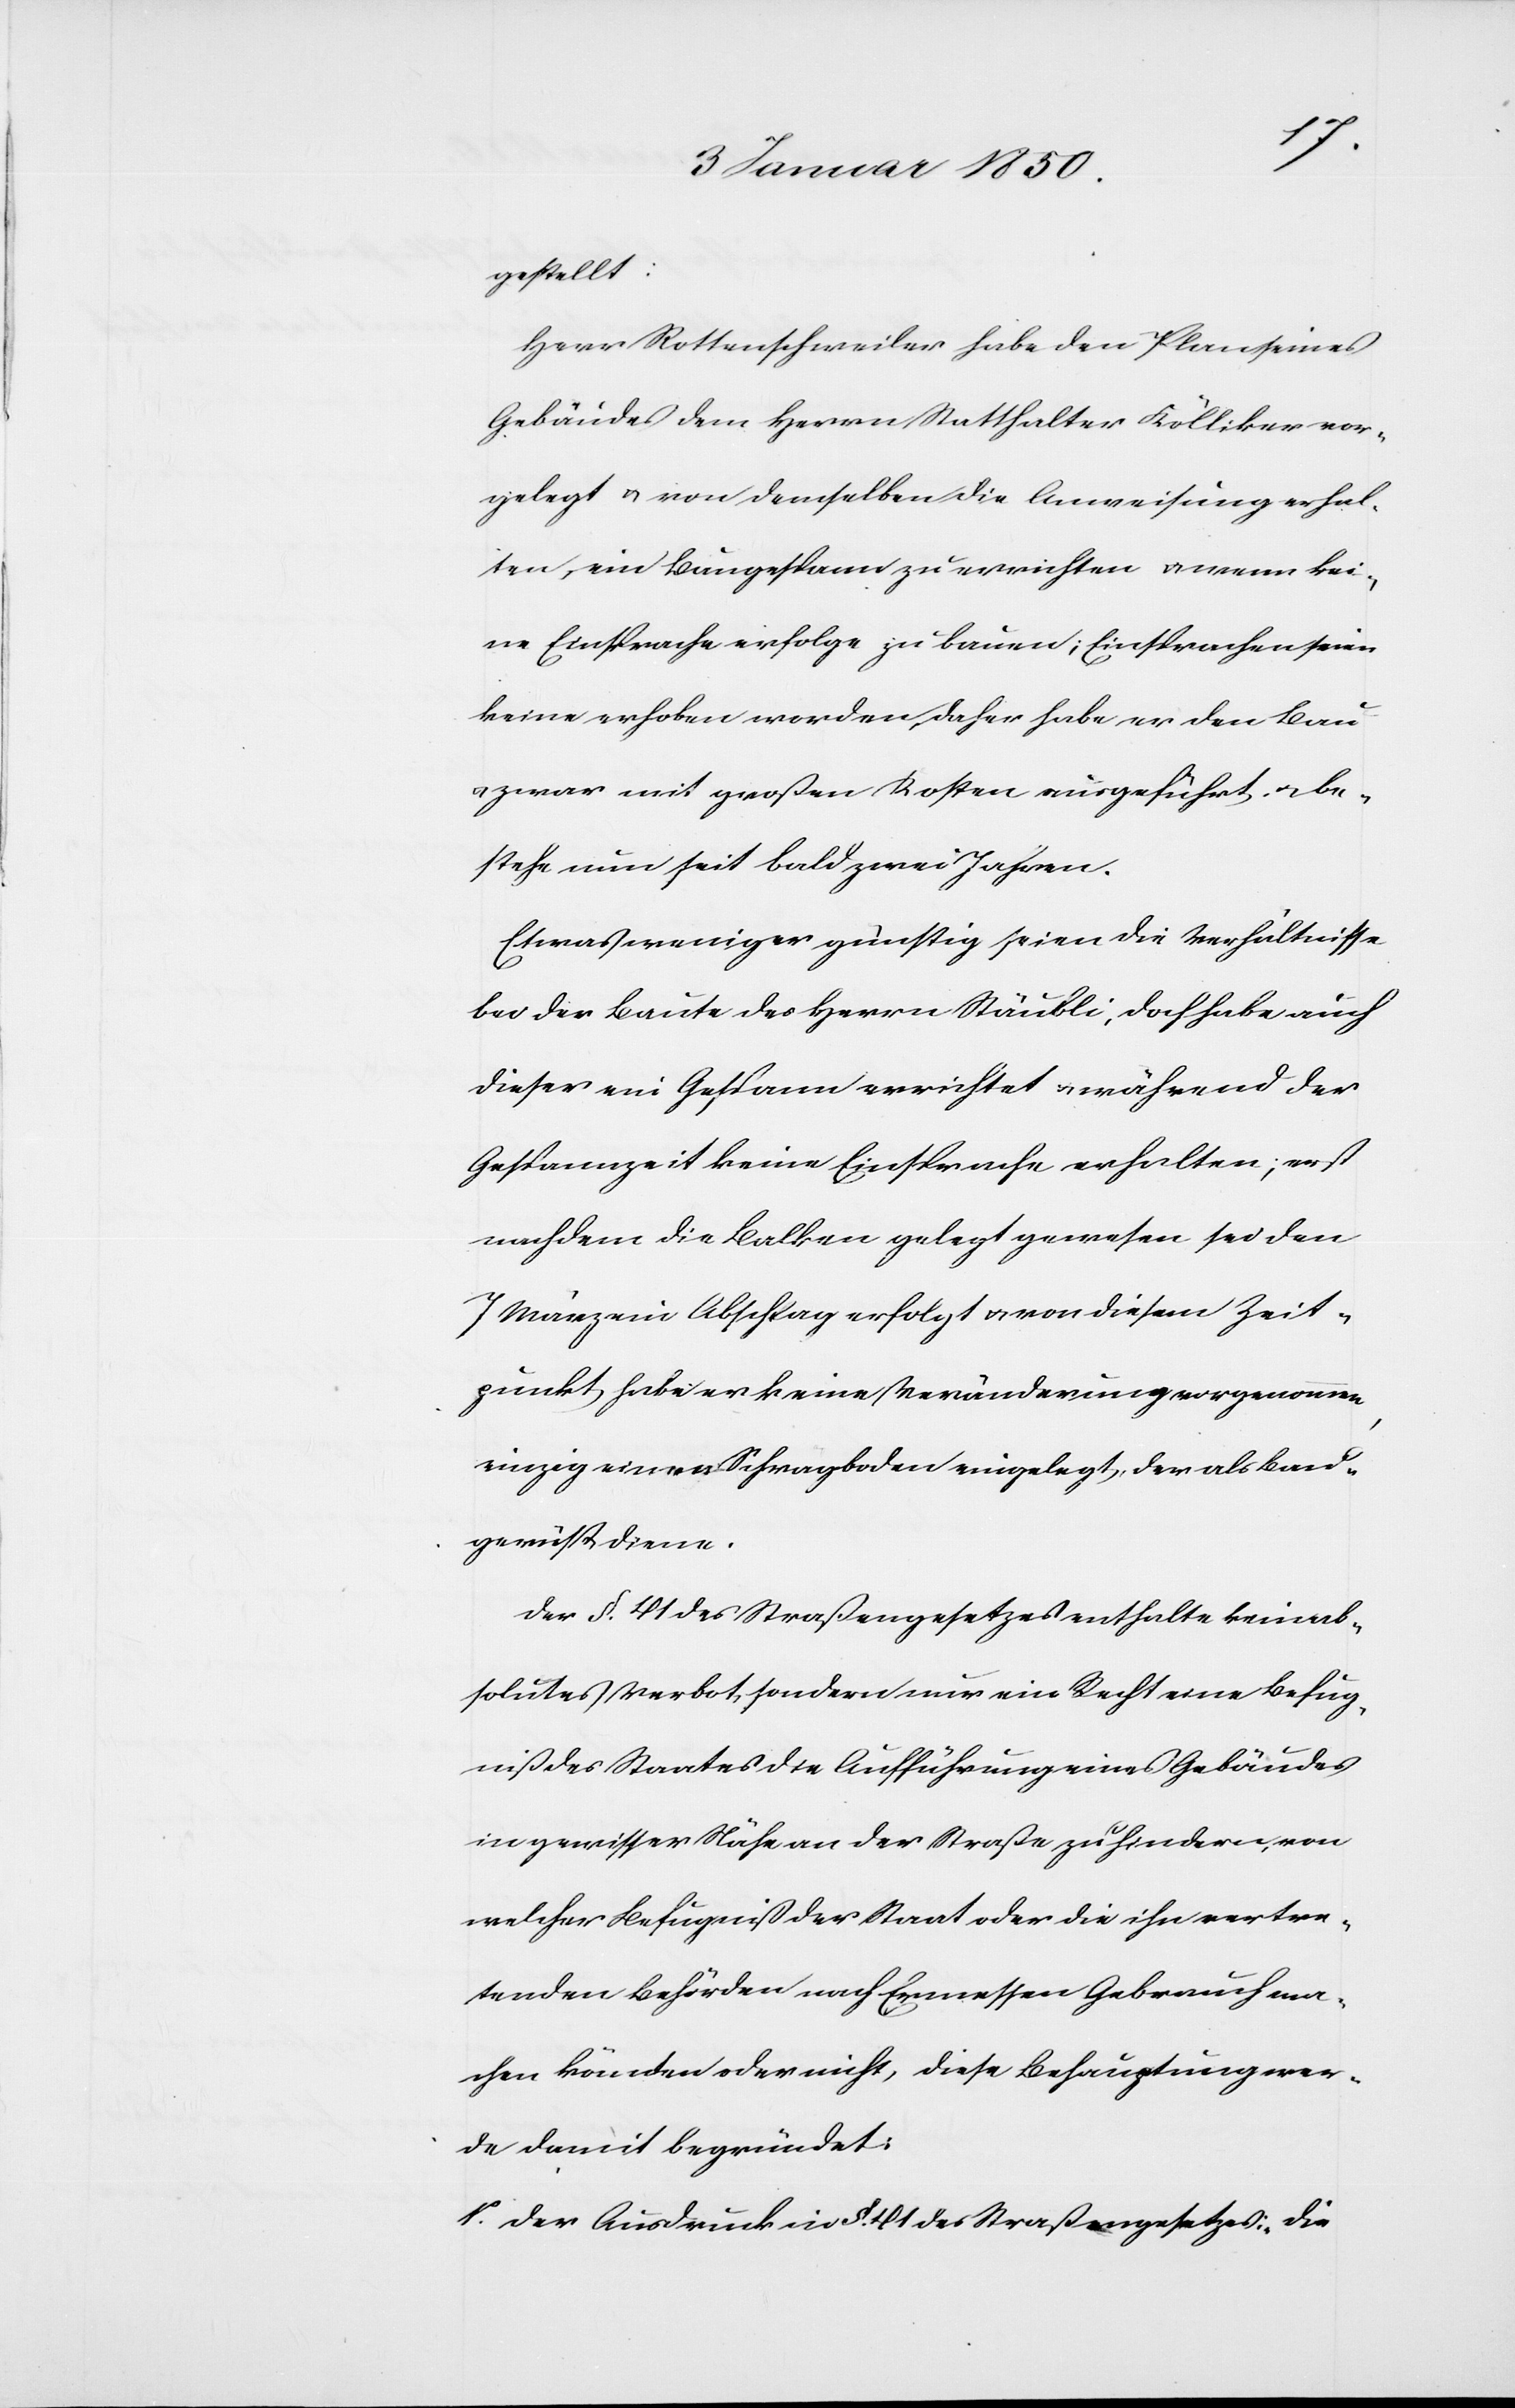
gestellt:
Herr Rottenschweiler habe den Plan seines
Gebäudes dem Herrn Statthalter Kölliker vor¬
gelegt u. von demselben die Anweisung erhal¬
ten, ein Baugespann zu errichten u. wenn kei¬
ne Einsprache erfolge zu bauen; Einsprachen seien
keine erhoben worden, daher habe er den Bau
u. zwar mit großen Kosten ausgeführt u. be¬
stehe nun seit bald zwei Jahren.
Etwas weniger günstig seien die Verhältnisse
bei der Baute des Herrn Stäubli, doch habe auch
dieser ein Gespann errichtet u. während der
Gespannzeit keine Einsprache erhalten; erst
nachdem die Balken gelegt gewesen sei den
7 März ein Abschlag erfolgt u. von diesem Zeit¬
punkt habe er keine Veränderung vorgenommen,
einzig einen Schwagboden eingelegt, der als Bau¬
gerüst diene.
Der §. 41 des Straßengesetzes enthalte kein ab¬
solutes Verbot, sondern nur ein Recht eine Befug¬
niß des Staates die Aufführung eines Gebäudes
in gewisser Nähe an der Straße zu hindern, von
welcher Befugniß der Staat oder die ihn vertre¬
tenden Behörden nach Ermessen Gebrauch ma¬
chen könnten oder nicht, diese Behauptung wer¬
de damit begründet:
1.o Der Ausdruck in §. 41 des Straßengesetzes: „die